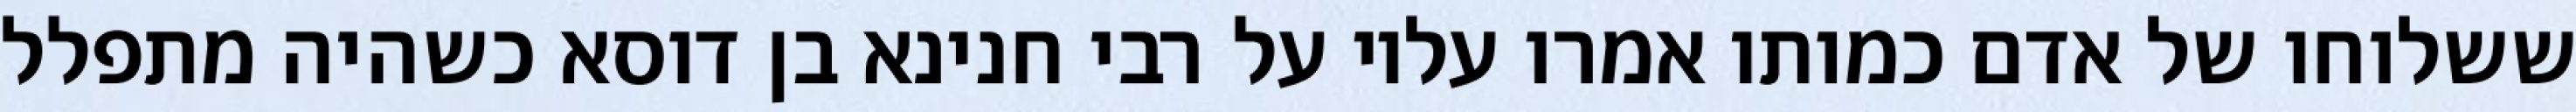
ששלוחו של אדם כמותו אמרו עליו על רבי חנינא בן דוסא כשהיה מתפלל